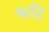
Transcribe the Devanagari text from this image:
फटि